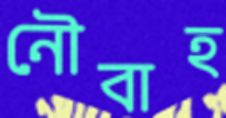
নৌবাহ